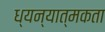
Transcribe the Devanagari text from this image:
ध्यन्यात्मकता